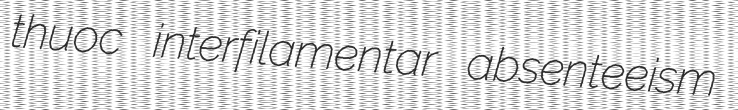
thuoc interfilamentar absenteeism